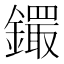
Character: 𨭵